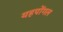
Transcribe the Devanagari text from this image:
यहपोंगल